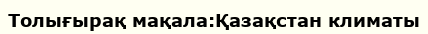
Толығырақ мақала:Қазақстан климаты